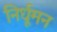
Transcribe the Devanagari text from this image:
निर्धूमन